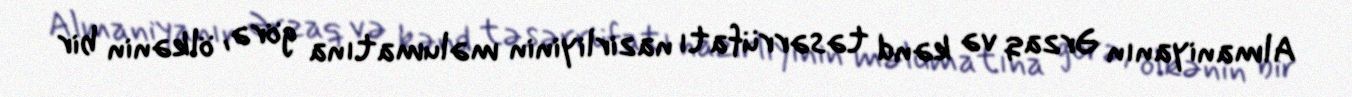
Almaniyanın Ərzaq və kənd təsərrüfatı nazirliyinin məlumatına görə, ölkənin bir